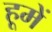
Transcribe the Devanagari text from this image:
हूमें